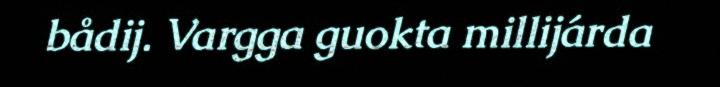
bådij. Vargga guokta millijárda